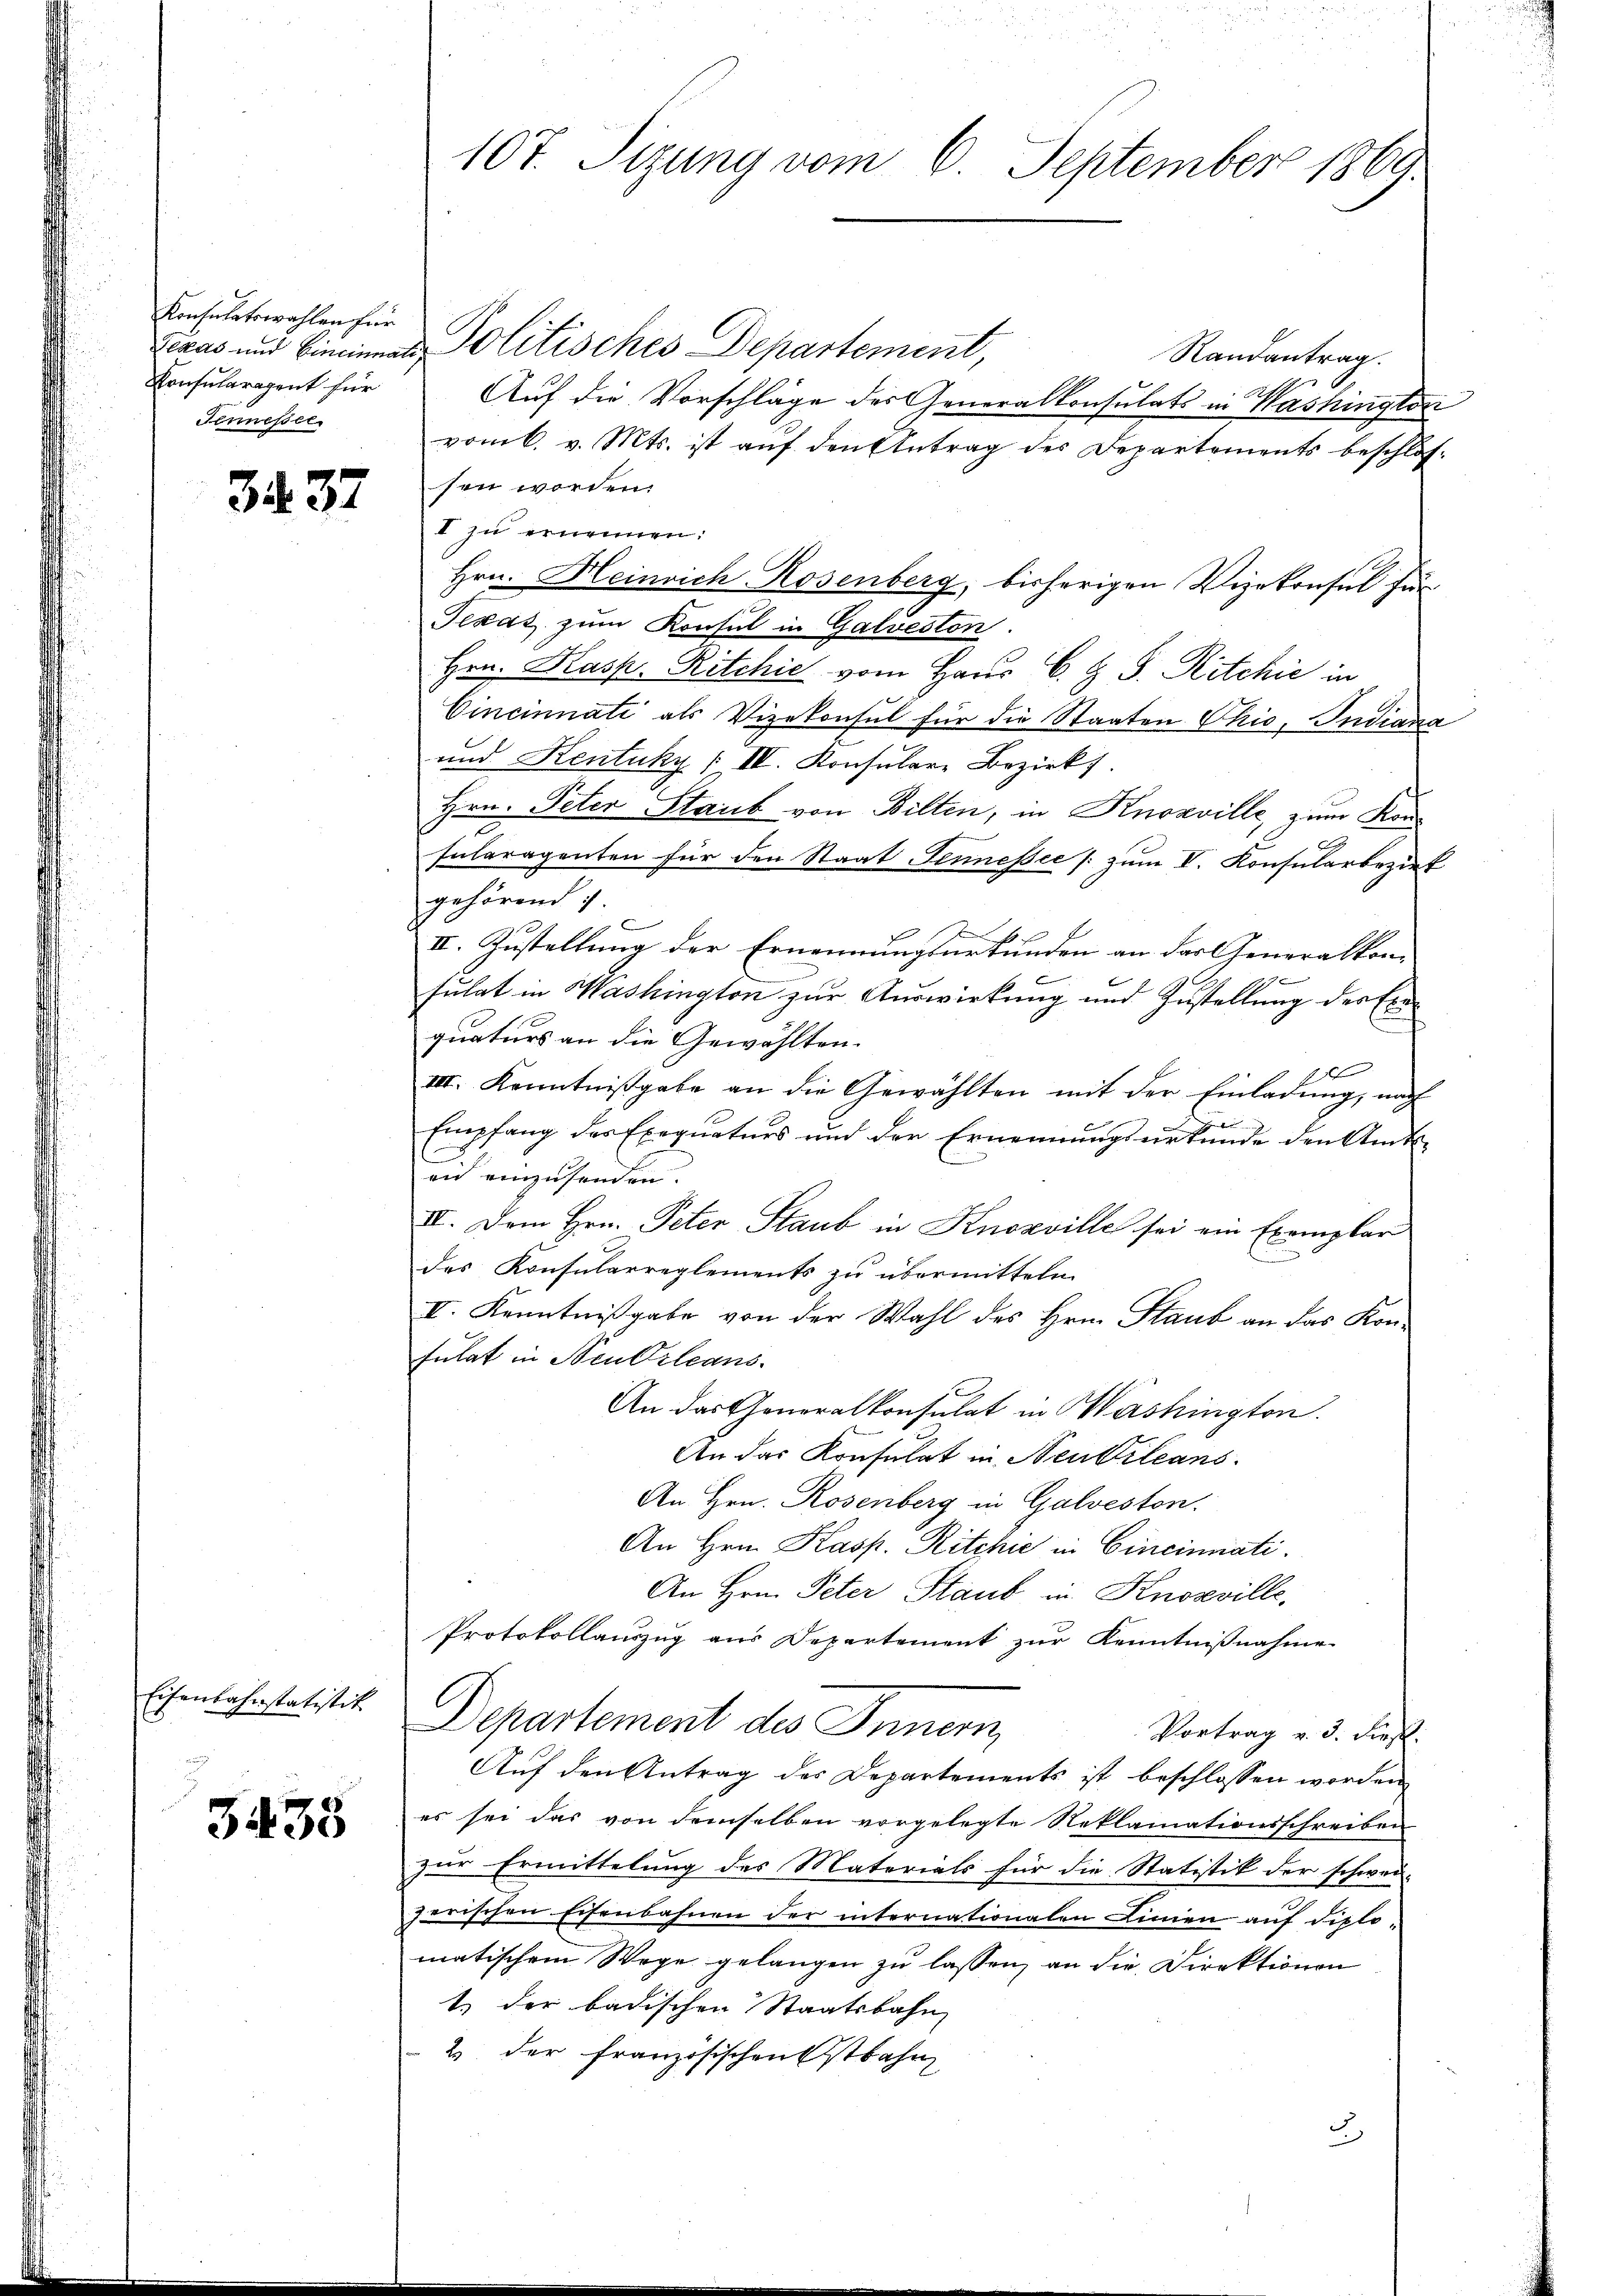
Konsulatswahlen für
Konsularagent für
Jennesser.

3437

Eisenbahnstatistik

3435

Texas und Bineinmal, Politisches Departement
Randantrag.
Auf die Vorschläge des Generalkonsulats in Washingtori
vom 6. v. Mts. ist auf den Antrag des Departements beschlossen worden.
I zu ernennen:
Hrn. Heinrich Rosenberg, bisherigen Vizekonsul für
Texas zum Konsul in Galveston.
Hrn. Kasp. Ritchić vom Haus C. Z. J. Ritchić in
Cincinnati als Vizekonsul für die Staaten Phio, Indiana
und Kentuky (IV. Konsulare Bezirks
Hrn. Peter Staub von Bilten, in Knozville, zum Konsularagenten für den Staat Jennesie /: zum V. Konsularbezieh
gehörend 7.
II. Zustellung der Ernennungsurkunden an der Generalkone
sulat in Washington zur Auswirkung und Zustellung des Exequaturs an die Gewählten.
x
III. Kenntnissgabe an die Gewählten mit der Einladung, nach
Empfang des Exequaters und der Ernennungsurkunde den Amts-
eid einzusenden.
II. Dem Hrn. Peter Staub in Knosville sei ein Exemplar
des Konsularreglements zu übermitteln.
II. Kenntnißgabe von der Wahl des Hrn. Staub an das Kon-
Fulat in Neukrleans
An das Generalkonsulat in Washington.
An das Konsulat in Neutrleans
An Hrn. Rosenberg in Galveston.
An Hrn. Kasp. Ritchie in Cincinnati
An Hrn. Peter Staub in Knosville.
Protokollauszug aus Departement zur Kenntnißnahme
C
Departement des Innern,
Vortrag v. 3. dieß.
Auf den Antrag der Departements ist beschlossen worden
es sei das von demselben vorgelegte Reklamationsschreiben
zur Ermittelung des Materials für die Statistik der schwei-
zerischen Eisenbahnen der internationalen Linien auf diplomatischem Wege gelangen zu lassen, an die Direktionen
1.) der badischen Staatsbahn
 2 der Französischenstbahn
2

107. Sizung vom 6. September 1869.